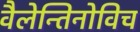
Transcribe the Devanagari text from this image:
वैलेन्तिनोविच